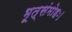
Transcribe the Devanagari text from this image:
भूत्संमोहः।